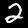
Label: 2